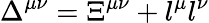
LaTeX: \Delta^{\mu\nu}=\Xi^{\mu\nu}+l^{\mu}l^{\nu}